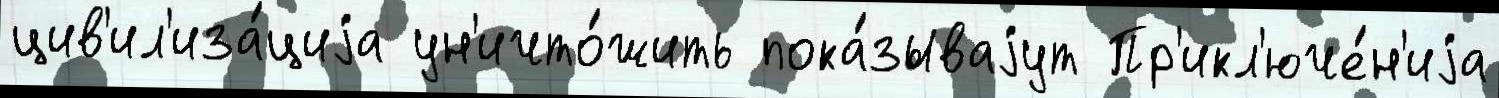
цив'ил'иза́циjа ун'ичто́жить пока́зываjут Пр'икл'юче́н'иjа